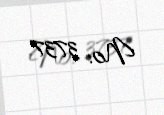
№: 3737